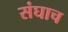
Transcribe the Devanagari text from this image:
संघाच